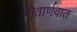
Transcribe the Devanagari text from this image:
गीतार्णवात